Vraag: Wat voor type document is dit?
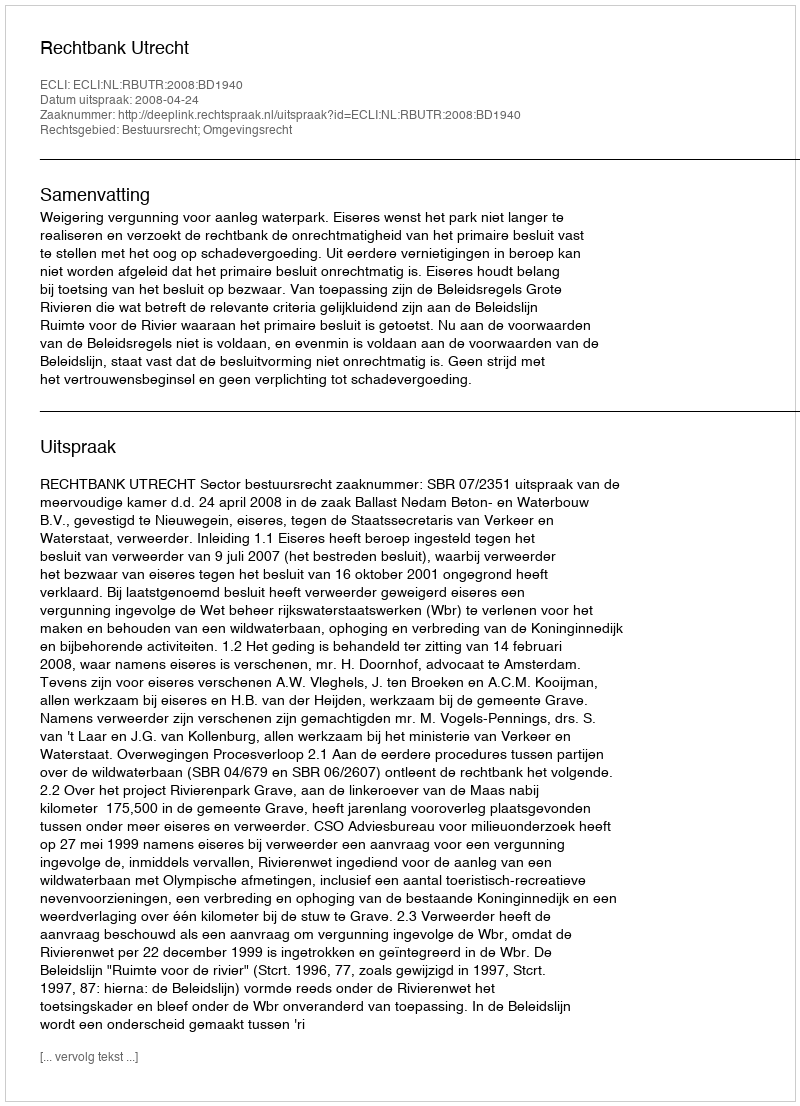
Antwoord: Uitspraak